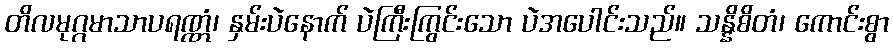
တိလမုဂ္ဂမာသာပရဏ္ဏံ၊ နှမ်းပဲနောက် ပဲကြီးကြွင်းသော ပဲအပေါင်းသည်။ သန္နိစိတံ၊ ကောင်းစွာ